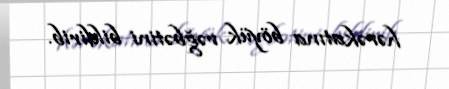
hərəkatına böyük rəğbətini bildirib.